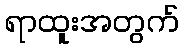
ရာထူးအတွက်